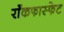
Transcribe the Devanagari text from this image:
राँकफास्फेट